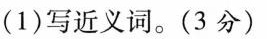
(1)写近义词。(3分)